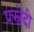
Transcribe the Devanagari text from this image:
प्रस्वेदी